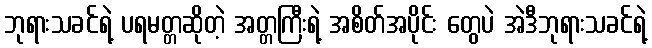
ဘုရားသခင်ရဲ့ ပရမတ္တဆိုတဲ့ အတ္တကြီးရဲ့ အစိတ်အပိုင်း တွေပဲ အဲဒီဘုရားသခင်ရဲ့